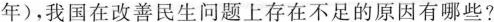
年)，我国在改善民生问题上存在不足的原因有哪些？